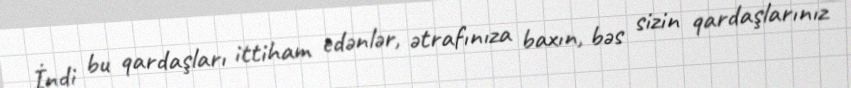
İndi bu qardaşları ittiham edənlər, ətrafınıza baxın, bəs sizin qardaşlarınız